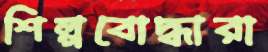
শিল্পবোদ্ধারা